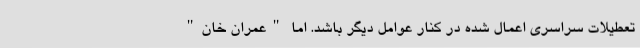
تعطیلات سراسری اعمال شده در کنار عوامل دیگر باشد. اما "عمران خان"